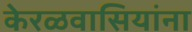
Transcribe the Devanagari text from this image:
केरळवासियांना